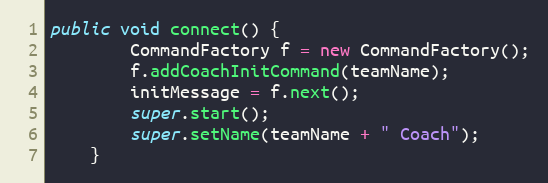
Language: Java
public void connect() {
        CommandFactory f = new CommandFactory();
        f.addCoachInitCommand(teamName);
        initMessage = f.next();
        super.start();
        super.setName(teamName + " Coach");
    }